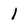
Character: 1